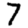
Digit: 7